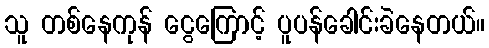
သူ တစ်နေကုန် ငွေကြောင့် ပူပန်ခေါင်းခဲနေတယ်။